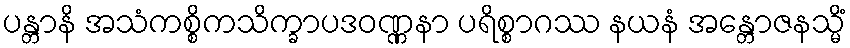
ပန္တာနိ အသံကစ္စိကသိက္ခာပဒဝဏ္ဏနာ ပရိစ္စာဂဿ နယနံ အန္တောဇနသ္မိံ